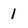
Character: l